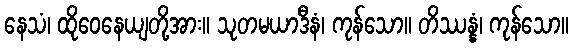
နေသံ၊ ထိုဝေနေယျတို့အား။ သုတမယာဒီနံ၊ ကုန်သော။ တိဿန္နံ၊ ကုန်သော။